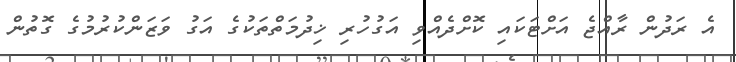
އެ ރަދުން ރާއްޖެ އަށްޓަކައި ކޮށްދެއްވި އަގުހުރި ޚިދުމަތްތަކުގެ އަގު ވަޒަންކުރުމުގެ ގޮތުން